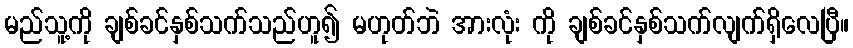
မည်သူ့ကို ချစ်ခင်နှစ်သက်သည်ဟူ၍ မဟုတ်ဘဲ အားလုံး ကို ချစ်ခင်နှစ်သက်လျက်ရှိလေပြီ။